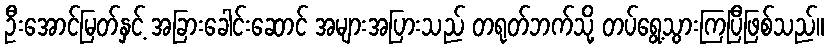
ဦးအောင်မြတ်နှင့် အခြားခေါင်းဆောင် အများအပြားသည် တရုတ်ဘက်သို့ တပ်ရွေ့သွားကြပြီဖြစ်သည်။